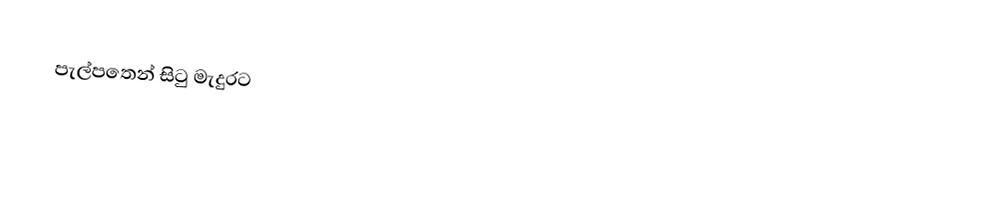
පැල්පතෙන් සිටු මැදුරට